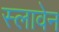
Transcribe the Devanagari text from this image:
स्लावेन